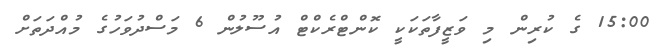
15:00 ގެ ކުރިން މި ވަޒީފާތަކަކީ ކޮންޓްރެކްޓް އުސޫލުން 6 މަސްދުވަހުގެ މުއްދަތަށް